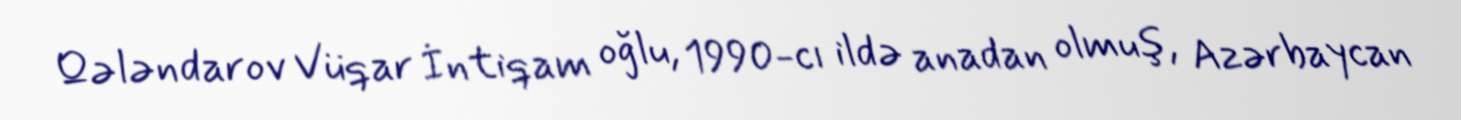
Qələndarov Vüqar İntiqam oğlu, 1990-cı ildə anadan olmuş, Azərbaycan